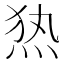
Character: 𰞖